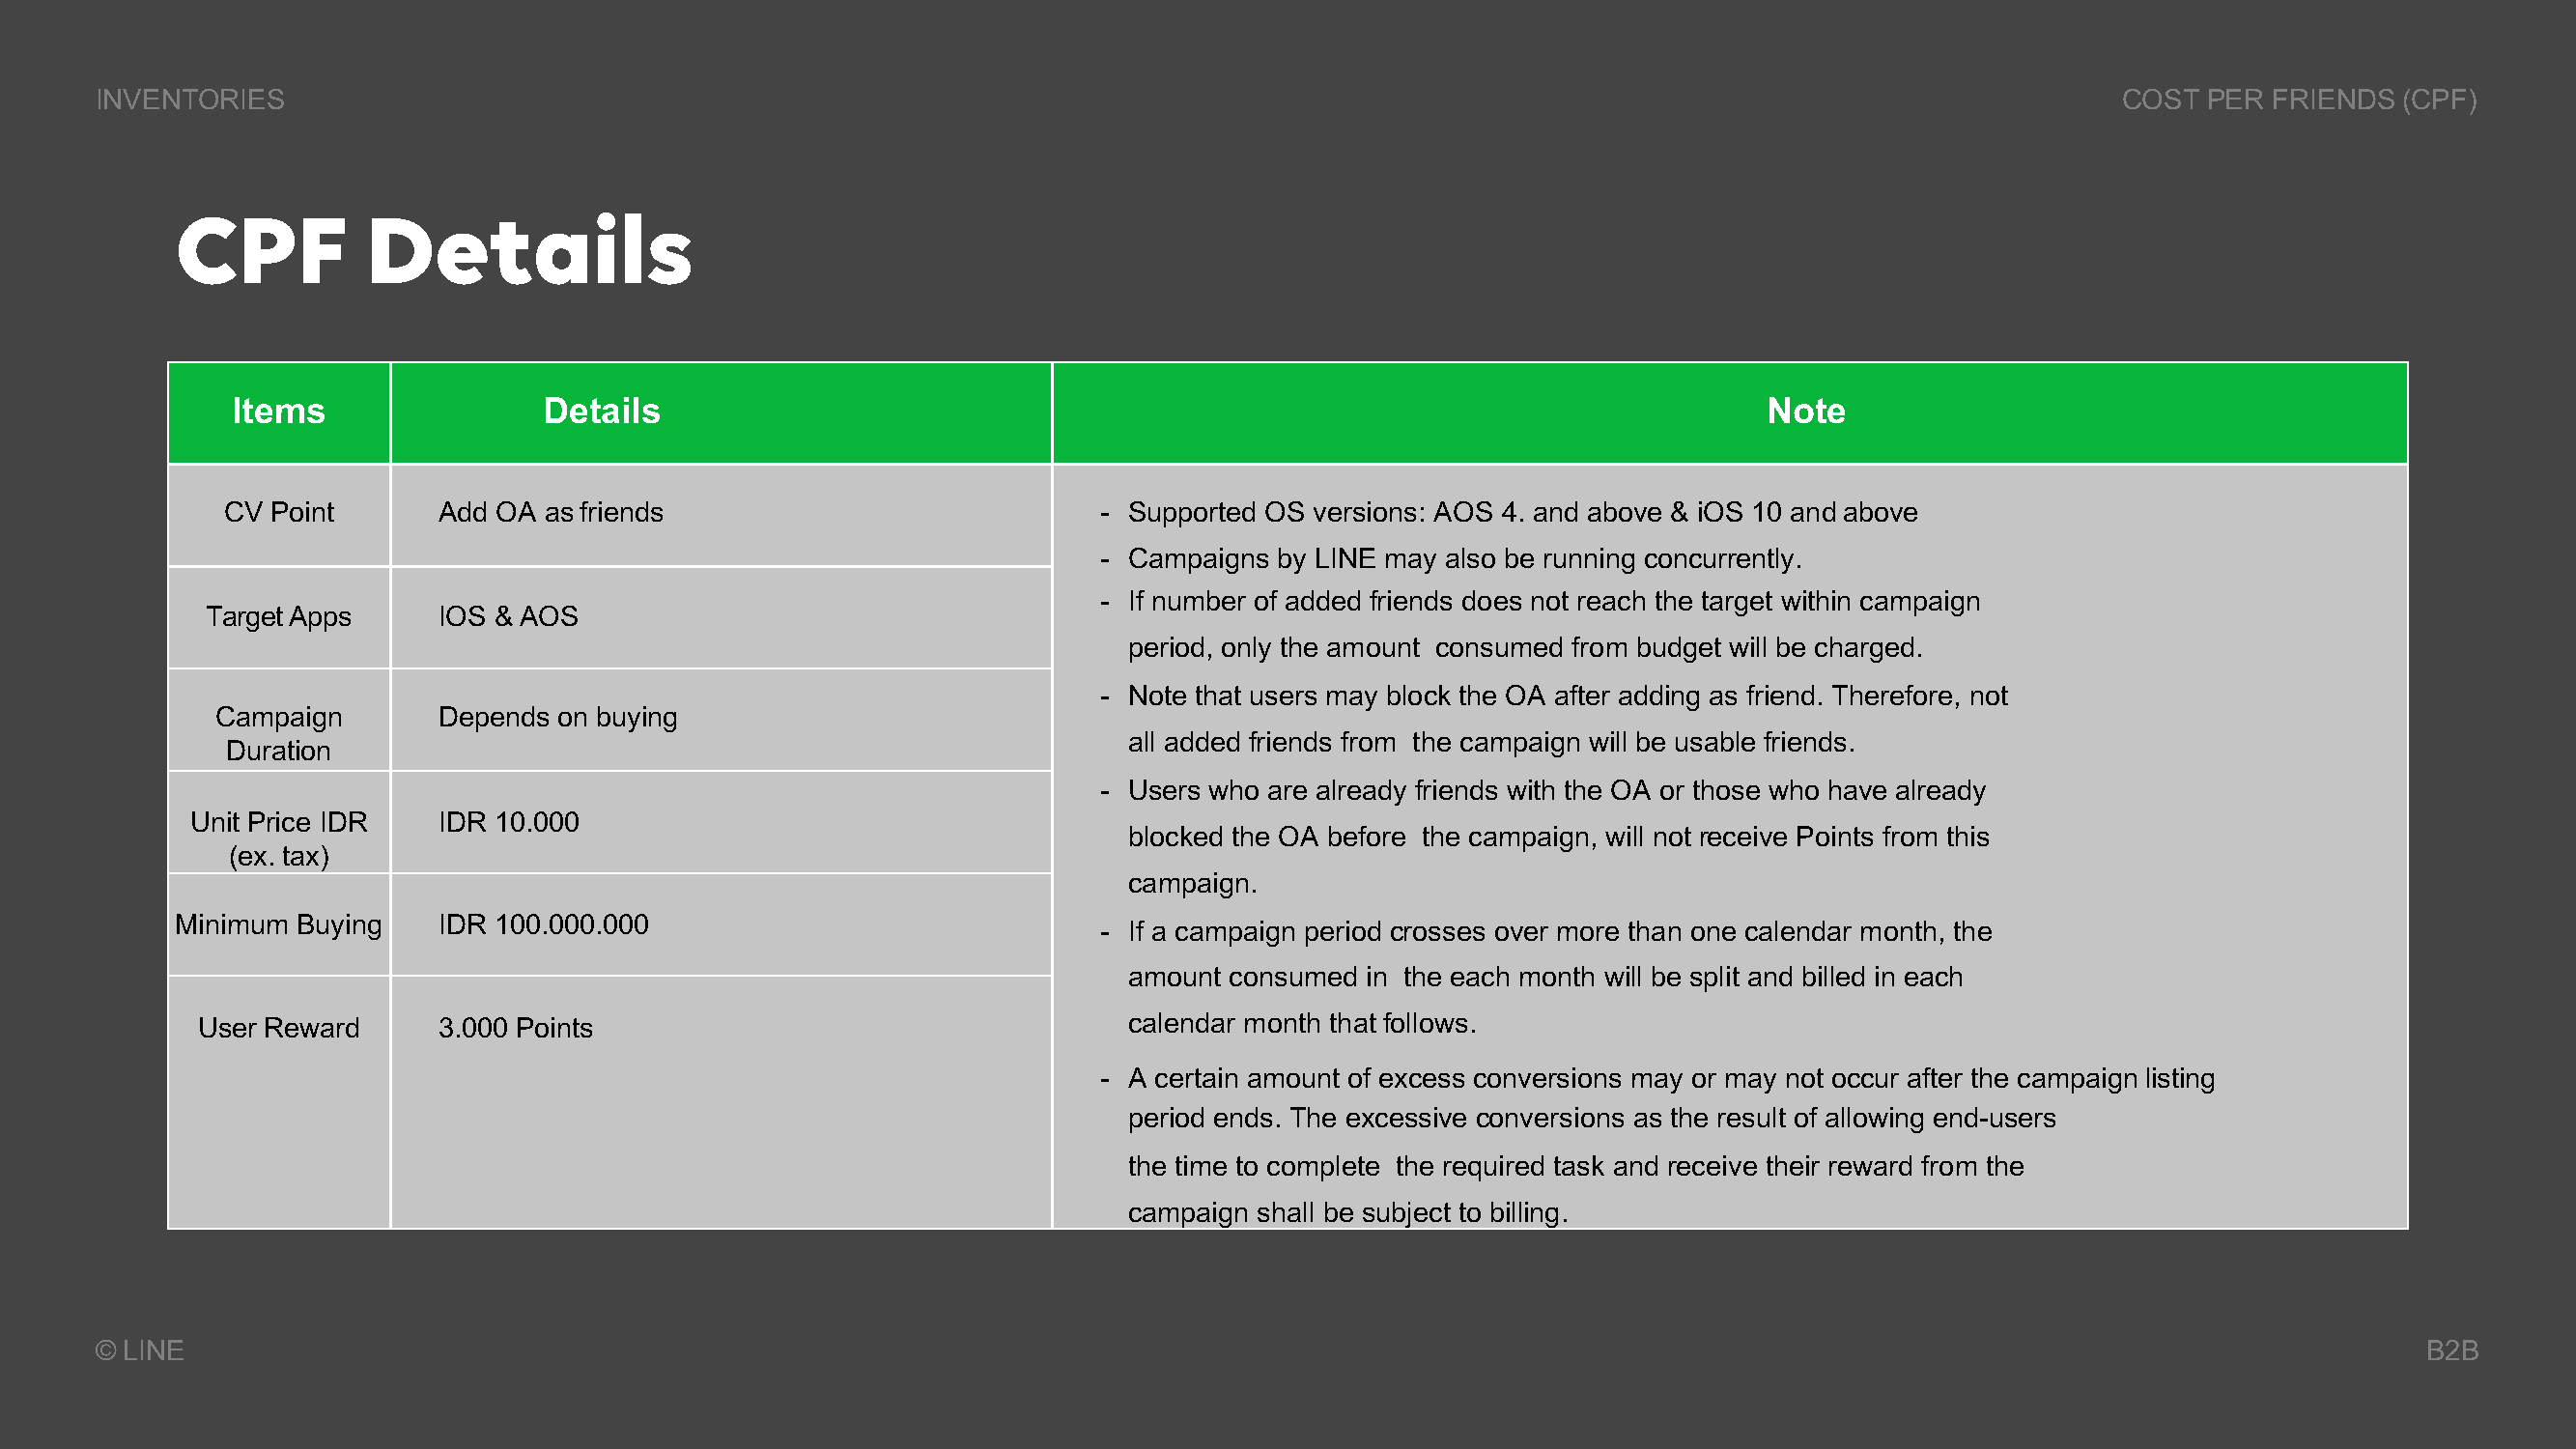
INVENTORIES                                                                                                                               COST  PER  FRIENDS(CPF)
 CPF          Details
 Items                Details                                                                             Note
 CV  Point      Add OA asfriends                             - Supported OS versions: AOS 4. and above & iOS 10 andabove
 - Campaigns  by LINE may also be running concurrently.
 - If number of added friends does not reach the target within campaign
 TargetApps      IOS & AOS
 period, only the amount consumed from budget will be charged.
 - Note that users may block the OA after adding as friend. Therefore, not
 Campaign       Depends on buying
 all added friends from the campaign will be usable friends.
 Duration
 - Users who are already friends with the OA or those who have already
 Unit Price IDR   IDR 10.000
 blocked the OA before the campaign, will not receive Points from this
 (ex. tax)
 campaign.
 Minimum Buying    IDR 100.000.000
 - If a campaign period crosses over more than one calendar month, the
 amount consumed  in the each month will be split and billed in each
 User Reward     3.000 Points                                   calendar month that follows.
 - A certain amount of excess conversions may or may not occur after the campaignlisting
 period ends. The excessive conversions as the result of allowing end-users
 the time to complete the required task and receive their reward from the
 campaign shall be subject to billing.
 © LINE                                                                                                                                                         B2B